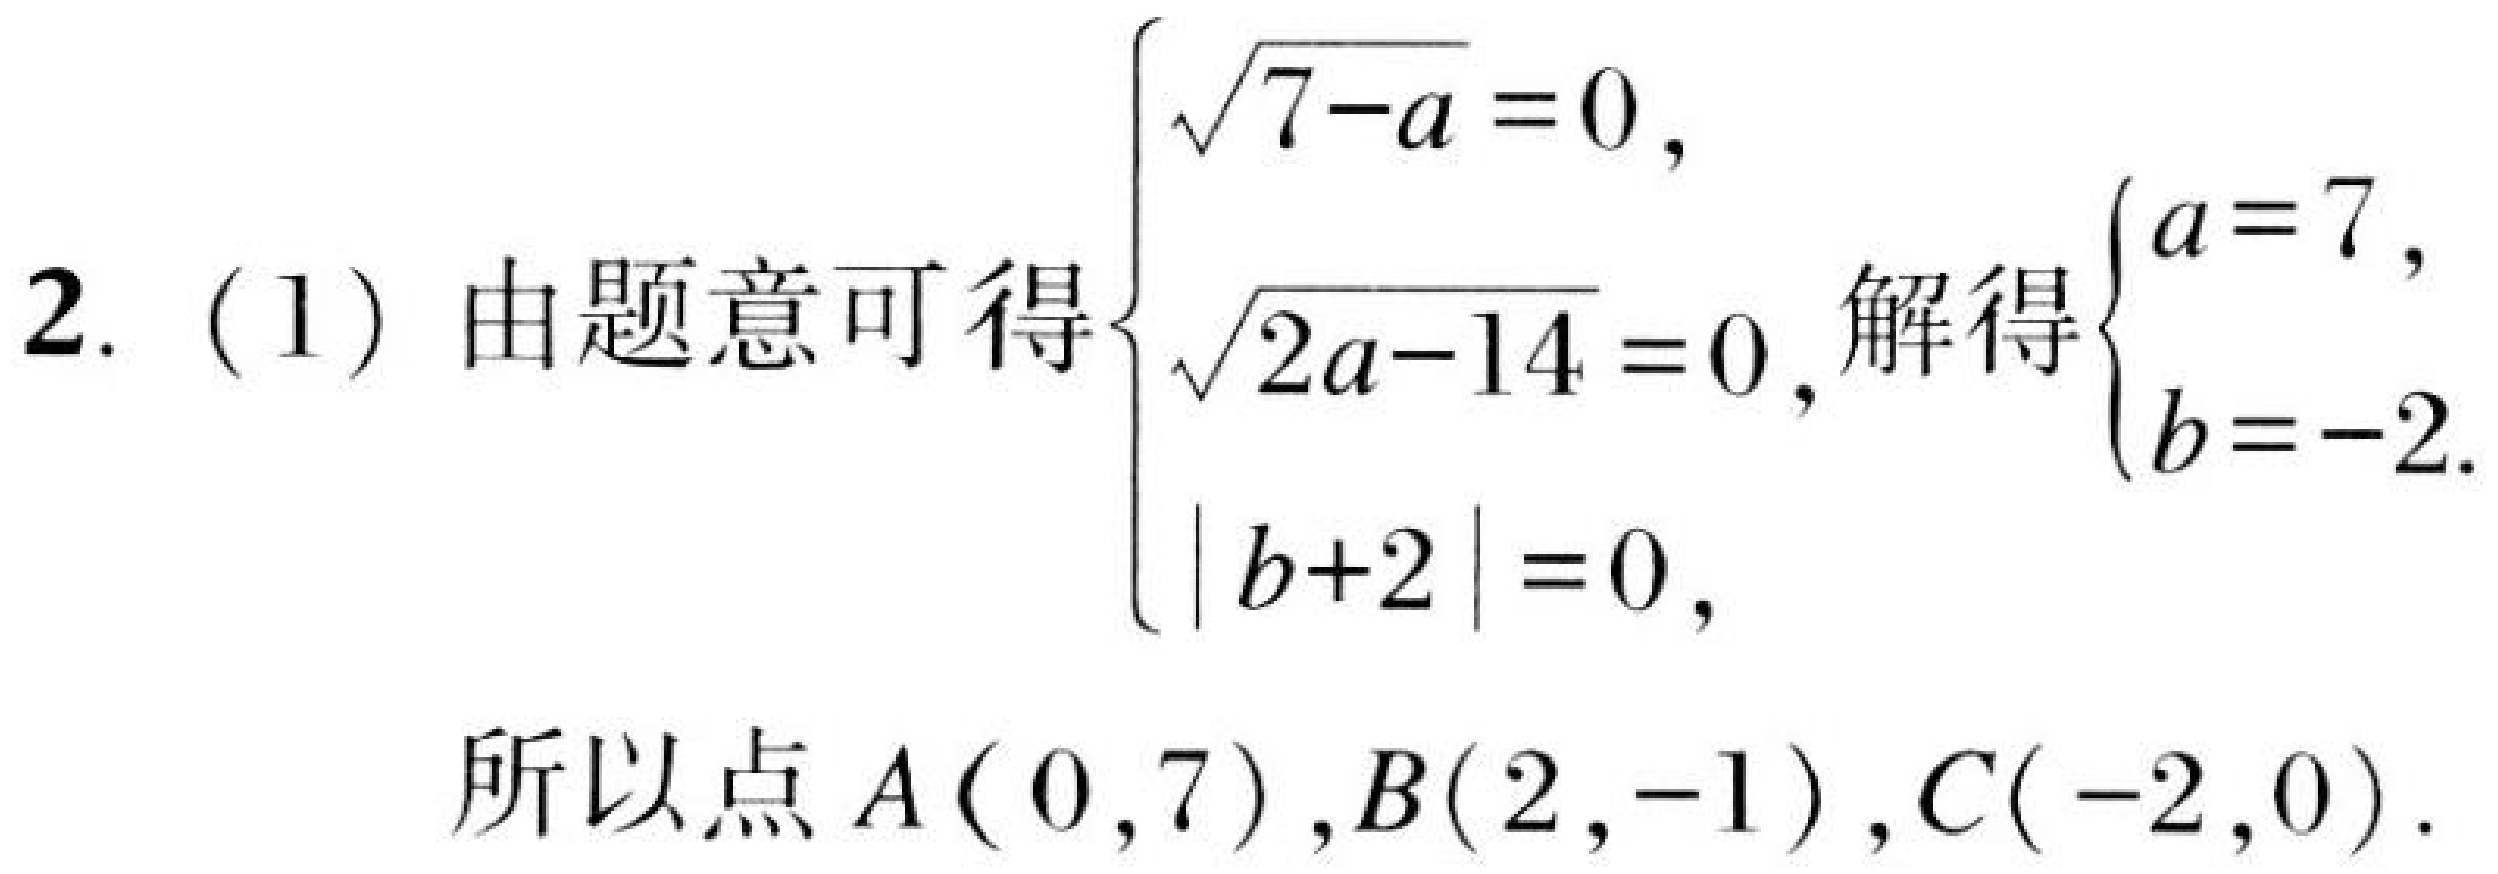
2. (1) 由题意可得$\begin{cases}\sqrt{7 - a}=0,\\\sqrt{2a - 14}=0,\\|b + 2|=0,\end{cases}$解得$\begin{cases}a = 7,\\b = - 2.\end{cases}$
所以点$A(0,7),B(2,-1),C(-2,0).$